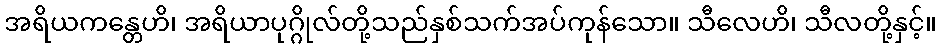
အရိယကန္တေဟိ၊ အရိယာပုဂ္ဂိုလ်တို့သည်နှစ်သက်အပ်ကုန်သော။ သီလေဟိ၊ သီလတို့နှင့်။